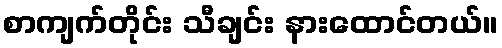
စာကျက်တိုင်း သီချင်း နားထောင်တယ်။